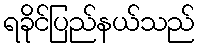
ရခိုင်ပြည်နယ်သည်